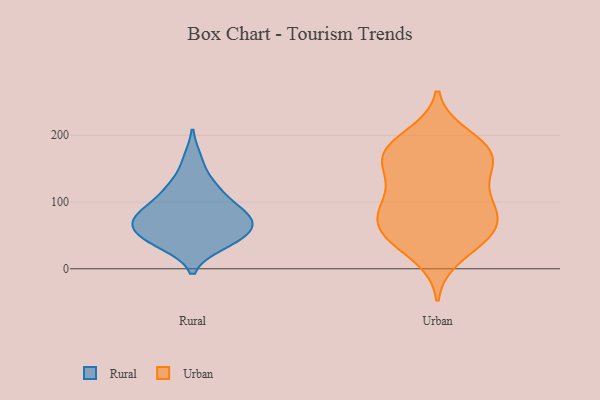
{"axis": {"x": "Net Income (USD K)", "y": "Value"}, "legend": ["Rural", "Urban"], "data": [{"x": "", "y": 59, "type": "Rural"}, {"x": "", "y": 40, "type": "Rural"}, {"x": "", "y": 127, "type": "Rural"}, {"x": "", "y": 118, "type": "Rural"}, {"x": "", "y": 70, "type": "Rural"}, {"x": "", "y": 164, "type": "Rural"}, {"x": "", "y": 43, "type": "Rural"}, {"x": "", "y": 37, "type": "Rural"}, {"x": "", "y": 63, "type": "Rural"}, {"x": "", "y": 50, "type": "Rural"}, {"x": "", "y": 78, "type": "Rural"}, {"x": "", "y": 84, "type": "Rural"}, {"x": "", "y": 108, "type": "Rural"}, {"x": "", "y": 82, "type": "Rural"}, {"x": "", "y": 82, "type": "Rural"}, {"x": "", "y": 101, "type": "Urban"}, {"x": "", "y": 82, "type": "Urban"}, {"x": "", "y": 47, "type": "Urban"}, {"x": "", "y": 99, "type": "Urban"}, {"x": "", "y": 149, "type": "Urban"}, {"x": "", "y": 114, "type": "Urban"}, {"x": "", "y": 164, "type": "Urban"}, {"x": "", "y": 199, "type": "Urban"}, {"x": "", "y": 172, "type": "Urban"}, {"x": "", "y": 187, "type": "Urban"}, {"x": "", "y": 19, "type": "Urban"}, {"x": "", "y": 170, "type": "Urban"}, {"x": "", "y": 149, "type": "Urban"}, {"x": "", "y": 86, "type": "Urban"}, {"x": "", "y": 56, "type": "Urban"}, {"x": "", "y": 52, "type": "Urban"}, {"x": "", "y": 66, "type": "Urban"}, {"x": "", "y": 50, "type": "Urban"}, {"x": "", "y": 178, "type": "Urban"}]}